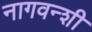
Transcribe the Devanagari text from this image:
नागवन्शी